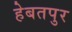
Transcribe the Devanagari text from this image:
हेबतपुर